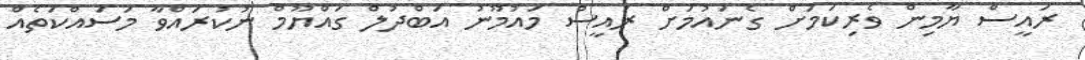
ރައީސް ޔާމިން ވެރިކަމަށް ގެނައުމަށް ރައީސް މައުމޫނު އަބްދުލް ގައްޔޫމް ނުކުރައްވާ މަސައްކަތެއް